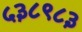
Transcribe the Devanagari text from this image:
५३८९८३